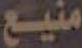
منيع